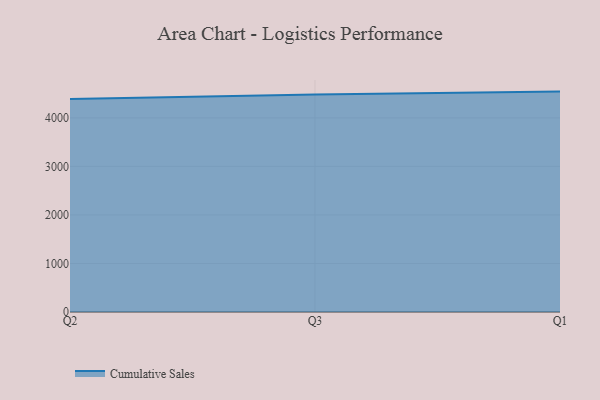
{"axis": {"x": "Quarter", "y": "Temperature (°C)"}, "legend": ["Cumulative Sales"], "data": [{"x": "Q2", "y": 4390.3, "type": "Cumulative Sales"}, {"x": "Q3", "y": 4481.3, "type": "Cumulative Sales"}, {"x": "Q1", "y": 4541.8, "type": "Cumulative Sales"}]}